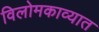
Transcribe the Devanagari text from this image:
विलोमकाव्यात